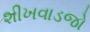
શીખવાડજો